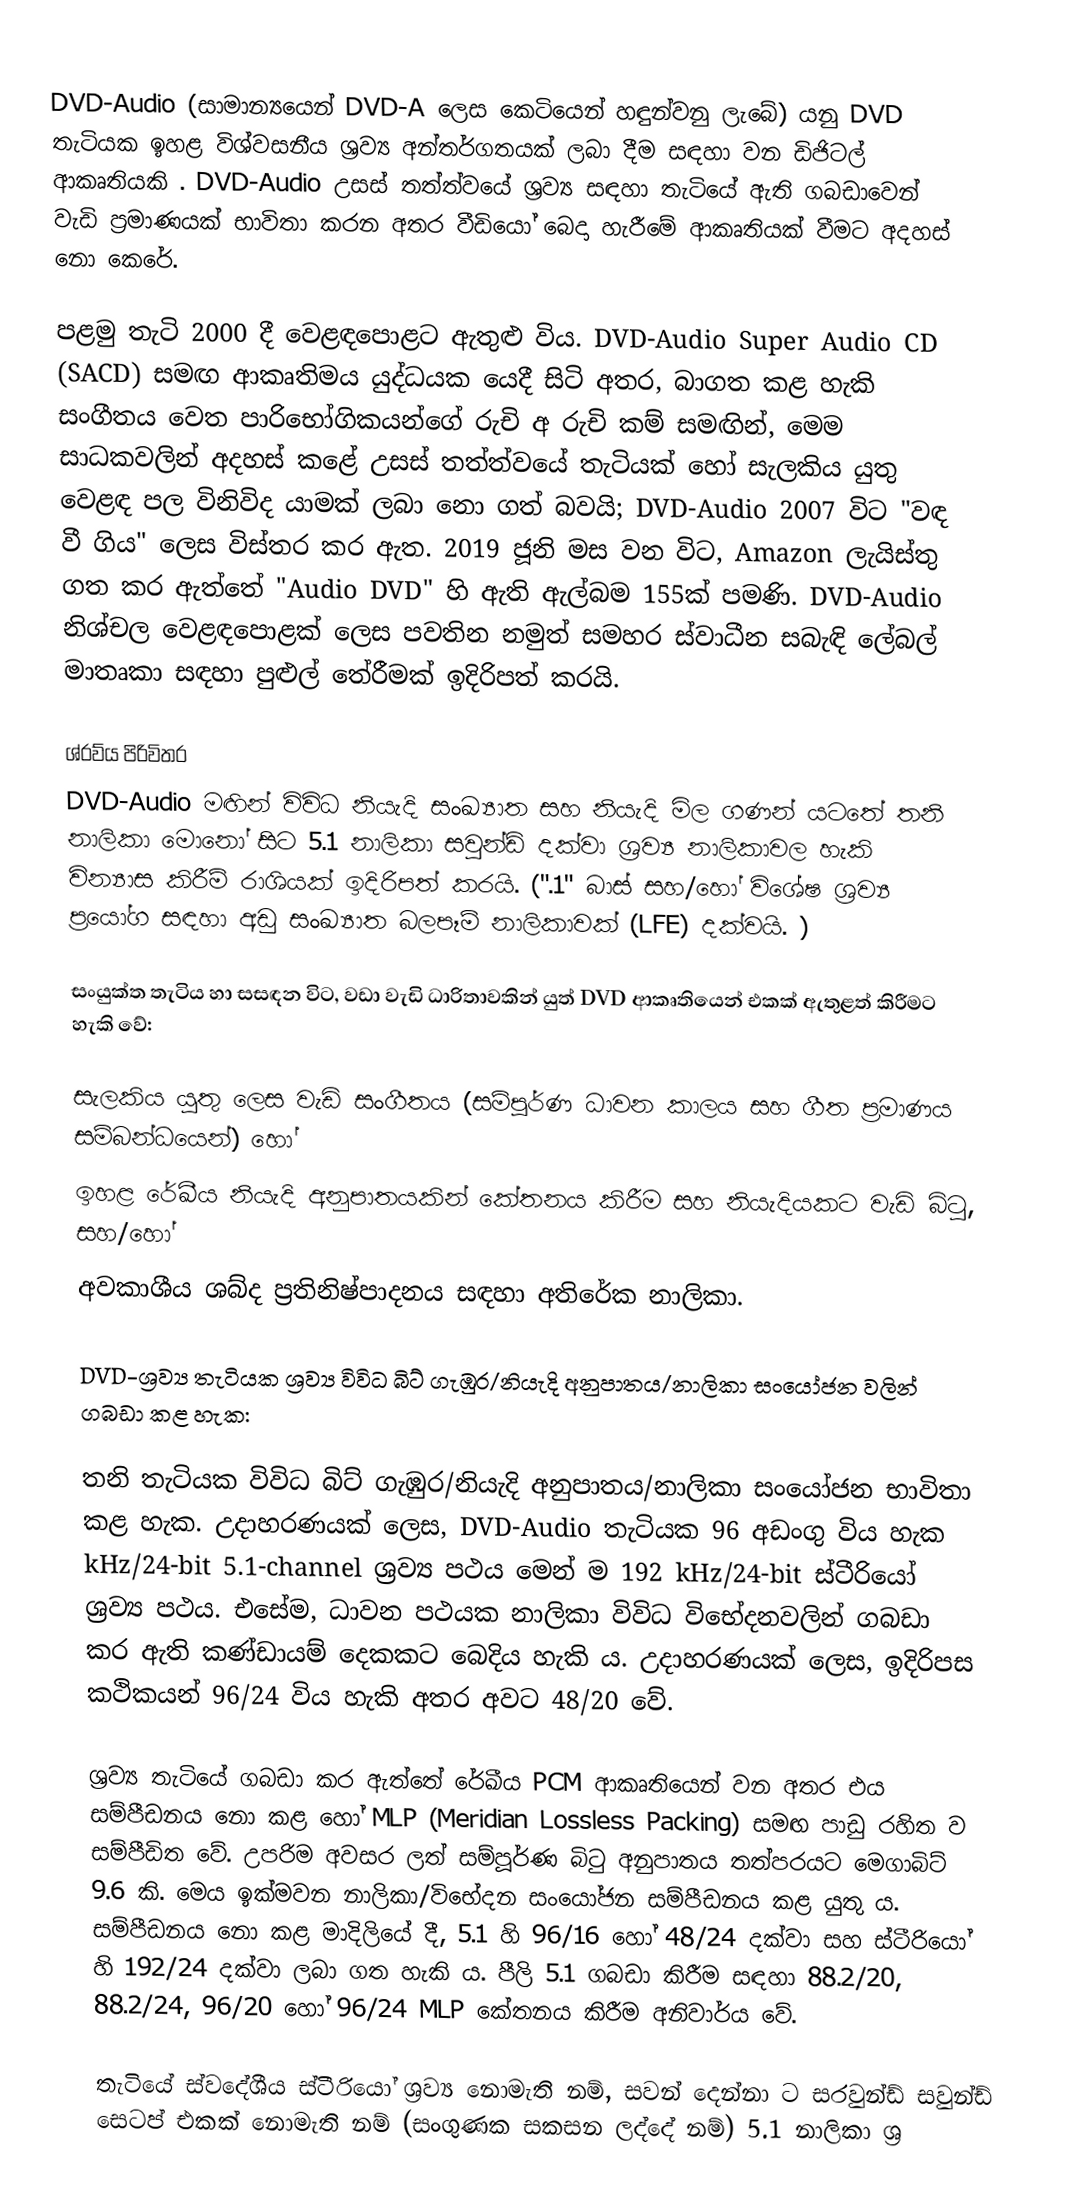
DVD-Audio (සාමාන්‍යයෙන් DVD-A ලෙස කෙටියෙන් හඳුන්වනු ලැබේ) යනු DVD තැටියක ඉහළ විශ්වසනීය ශ්‍රව්‍ය අන්තර්ගතයක් ලබා දීම සඳහා වන ඩිජිටල් ආකෘතියකි . DVD-Audio උසස් තත්ත්වයේ ශ්‍රව්‍ය සඳහා තැටියේ ඇති ගබඩාවෙන් වැඩි ප්‍රමාණයක් භාවිතා කරන අතර වීඩියෝ බෙදා හැරීමේ ආකෘතියක් වීමට අදහස් නො කෙරේ.

පළමු තැටි 2000 දී වෙළඳපොළට ඇතුළු විය. DVD-Audio Super Audio CD (SACD) සමඟ ආකෘතිමය යුද්ධයක යෙදී සිටි අතර, බාගත කළ හැකි සංගීතය වෙත පාරිභෝගිකයන්ගේ රුචි අ රුචි කම් සමඟින්, මෙම සාධකවලින් අදහස් කළේ උසස් තත්ත්වයේ තැටියක් හෝ සැලකිය යුතු වෙළඳ පල විනිවිද යාමක් ලබා නො ගත් බවයි; DVD-Audio 2007  විට "වඳ වී ගිය" ලෙස විස්තර කර ඇත. 2019 ජූනි මස වන විට, Amazon ලැයිස්තු ගත කර ඇත්තේ "Audio DVD" හි ඇති ඇල්බම 155ක් පමණි. DVD-Audio නිශ්චල වෙළඳපොළක් ලෙස පවතින නමුත් සමහර ස්වාධීන සබැඳි ලේබල්  මාතෘකා සඳහා පුළුල් තේරීමක් ඉදිරිපත් කරයි.

ශ්රව්ය පිරිවිතර
DVD-Audio මඟින් විවිධ නියැදි සංඛ්‍යාත සහ නියැදි මිල ගණන් යටතේ තනි නාලිකා මොනෝ සිට 5.1 නාලිකා  සවුන්ඩ් දක්වා ශ්‍රව්‍ය නාලිකාවල හැකි වින්‍යාස කිරීම් රාශියක් ඉදිරිපත් කරයි.  (".1" බාස් සහ/හෝ විශේෂ ශ්‍රව්‍ය ප්‍රයෝග සඳහා අඩු සංඛ්‍යාත බලපෑම් නාලිකාවක් (LFE) දක්වයි. )

සංයුක්ත තැටිය හා සසඳන විට, වඩා වැඩි ධාරිතාවකින් යුත් DVD ආකෘතියෙන් එකක් ඇතුළත් කිරීමට හැකි වේ:

 සැලකිය යුතු ලෙස වැඩි සංගීතය (සම්පූර්ණ ධාවන කාලය සහ ගීත ප්‍රමාණය සම්බන්ධයෙන්) හෝ
 ඉහළ රේඛීය නියැදි අනුපාතයකින් කේතනය කිරීම සහ නියැදියකට වැඩි බිටු, සහ/හෝ
 අවකාශීය ශබ්ද ප්‍රතිනිෂ්පාදනය සඳහා අතිරේක නාලිකා.

DVD-ශ්‍රව්‍ය තැටියක ශ්‍රව්‍ය විවිධ බිට් ගැඹුර/නියැදි අනුපාතය/නාලිකා සංයෝජන වලින් ගබඩා කළ හැක:

තනි තැටියක විවිධ බිට් ගැඹුර/නියැදි අනුපාතය/නාලිකා සංයෝජන භාවිතා කළ හැක. උදාහරණයක් ලෙස, DVD-Audio තැටියක 96 අඩංගු විය හැක kHz/24-bit 5.1-channel ශ්‍රව්‍ය පථය මෙන් ම 192 kHz/24-bit ස්ටීරියෝ ශ්‍රව්‍ය පථය. එසේම, ධාවන පථයක නාලිකා විවිධ විභේදනවලින් ගබඩා කර ඇති කණ්ඩායම් දෙකකට බෙදිය හැකි ය. උදාහරණයක් ලෙස, ඉදිරිපස කථිකයන් 96/24 විය හැකි අතර අවට 48/20 වේ.

ශ්‍රව්‍ය තැටියේ ගබඩා කර ඇත්තේ රේඛීය PCM ආකෘතියෙන් වන අතර එය සම්පීඩනය නො කළ හෝ MLP (Meridian Lossless Packing) සමඟ පාඩු රහිත ව සම්පීඩිත වේ.  උපරිම අවසර ලත් සම්පූර්ණ බිටු අනුපාතය තත්පරයට මෙගාබිට් 9.6 කි. මෙය ඉක්මවන නාලිකා/විභේදන සංයෝජන සම්පීඩනය කළ යුතු ය. සම්පීඩනය නො කළ මාදිලියේ දී, 5.1 හි 96/16 හෝ 48/24 දක්වා සහ ස්ටීරියෝ හි 192/24 දක්වා ලබා ගත හැකි ය. පීලි 5.1 ගබඩා කිරීම සඳහා 88.2/20, 88.2/24, 96/20 හෝ 96/24 MLP කේතනය කිරීම අනිවාර්ය වේ.

තැටියේ ස්වදේශීය ස්ටීරියෝ ශ්‍රව්‍ය නොමැති නම්, සවන් දෙන්නා ට සරවුන්ඩ් සවුන්ඩ් සෙටප් එකක් නොමැති නම් (සංගුණක සකසන ලද්දේ නම්) 5.1 නාලිකා ශ්‍ර